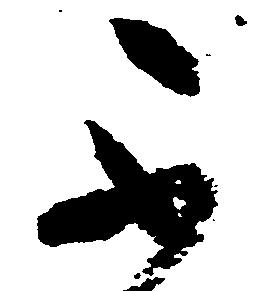
不